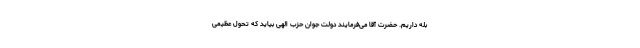
بله داریم. حضرت آقا می‌فرمایند دولت جوان حزب الهی بیاید که تحول عظیمی